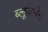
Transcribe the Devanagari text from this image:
ब्लूज़मैन